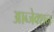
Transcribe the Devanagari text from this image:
आब्जेक्शन